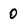
Character: 0